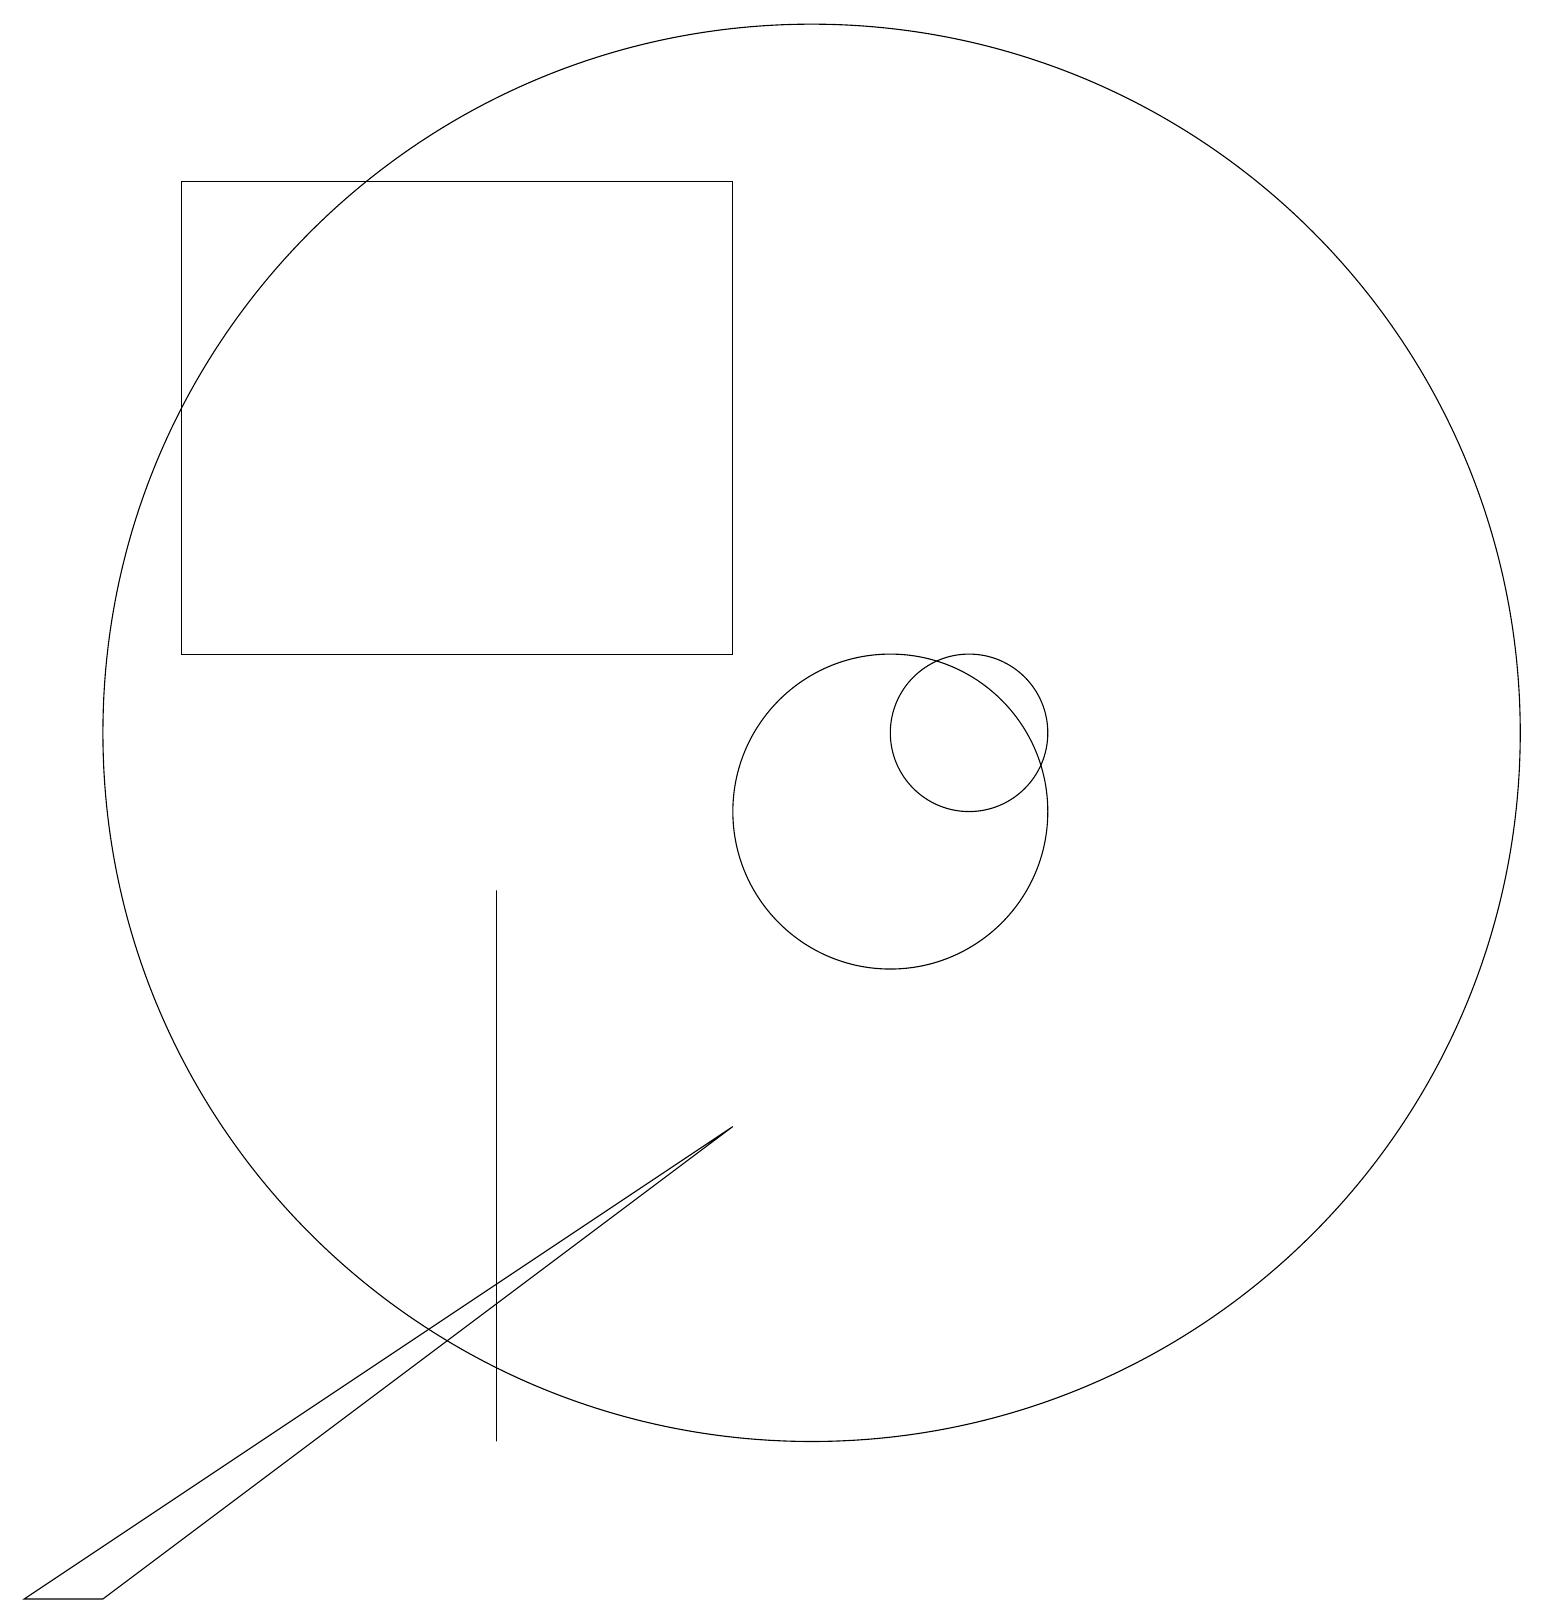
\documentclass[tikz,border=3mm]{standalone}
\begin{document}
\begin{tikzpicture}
\draw (11,10) circle (2);
\draw (10,11) circle (9);
\draw (12,11) circle (1);
\draw (9,12) rectangle (2,18);
\draw (6,4) -- (6,2) -- (6,9) -- cycle;
\draw (1,0) -- (9,6) -- (0,0) -- cycle;
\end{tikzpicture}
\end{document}